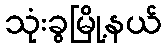
သုံးခွမြို့နယ်